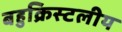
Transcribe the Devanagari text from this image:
बहुक्रिस्टलीय